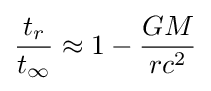
{\frac {t_{r}}{t_{\infty }}}\approx 1-{\frac {GM}{rc^{2}}}